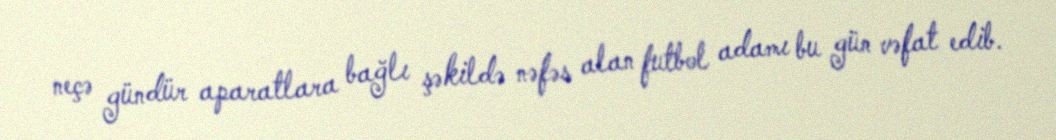
neçə gündür aparatlara bağlı şəkildə nəfəs alan futbol adamı bu gün vəfat edib.